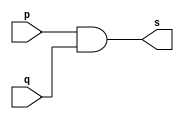
// Exemplo0008 - AND - Morgan
// Nome: talo Guimares Otoni

module andgate1 (output s, input  p, input q);

assign s = p&q;

endmodule

module andgate2 (output s2, input  p, input q, input r);

andgate1 AND1 (s, p, q);
assign s2 = s&r;

endmodule

module testeandgate;

	reg a,b,c;
	wire s;
	
	andgate2 AND2 (s, a, b, c);
	
	initial begin:start
	
	a=0;
	b=0;
	c=0;
	
	end
	
	initial begin:main
	
	$display("Exemplo0008 - talo Guimares Otoni - 451581");
	$monitor ("%b %b %b = %b", a, b, c, s);
	
	#1 a=0; b=0; c=1;
	#1 a=0; b=1; c=0;
	#1 a=0; b=1; c=1;
	#1 a=1; b=0; c=0;
	#1 a=1; b=0; c=1;
	#1 a=1; b=1; c=0;
	#1 a=1; b=1; c=1;

	end

endmodule